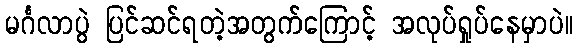
မင်္ဂလာပွဲ ပြင်ဆင်ရတဲ့အတွက်ကြောင့် အလုပ်ရှုပ်နေမှာပဲ။